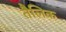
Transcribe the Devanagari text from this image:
तैलिक